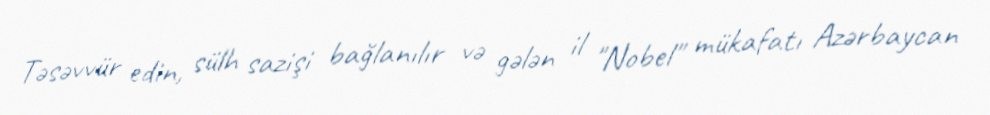
Təsəvvür edin, sülh sazişi bağlanılır və gələn il "Nobel" mükafatı Azərbaycan